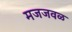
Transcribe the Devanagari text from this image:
मजजवळ